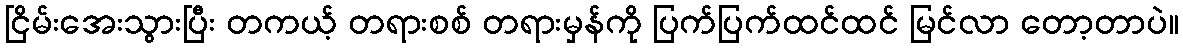
ငြိမ်းအေးသွားပြီး တကယ့် တရားစစ် တရားမှန်ကို ပြက်ပြက်ထင်ထင် မြင်လာ တော့တာပဲ။